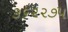
૩૬૨૨૭૫